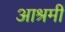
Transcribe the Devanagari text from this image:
आश्रमीं